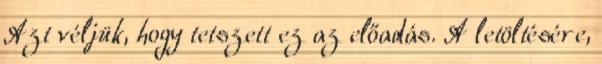
Azt véljük, hogy tetszett ez az előadás. A letöltésére,